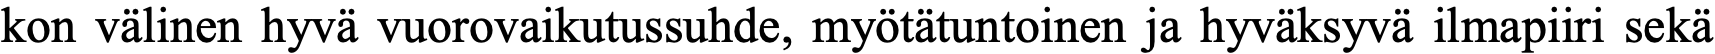
kon välinen hyvä vuorovaikutussuhde, myötätuntoinen ja hyväksyvä ilmapiiri sekä